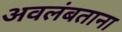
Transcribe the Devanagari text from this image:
अवलंबताना